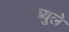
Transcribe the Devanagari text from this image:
ब्युले